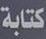
كتابة